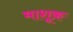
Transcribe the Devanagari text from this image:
माशूक़